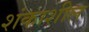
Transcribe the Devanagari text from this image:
शंकाशील